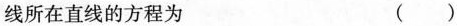
线所在直线的方程为 ()